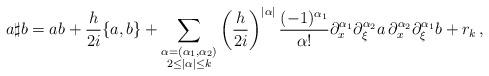
LaTeX: \begin{align*} a \sharp b = ab + \frac{h}{2i}\{a, b\} + \sum_{\substack{\alpha= (\alpha_1, \alpha_2)\\ 2\le|\alpha|\le k}}\left(\frac{h}{2i}\right)^{|\alpha|} \frac{(-1)^{\alpha_1}}{\alpha!}\partial^{\alpha_1}_x\partial_{\xi}^{\alpha_2}a \, \partial_x^{\alpha_2}\partial_{\xi}^{\alpha_1}b + r_k \,,\end{align*}